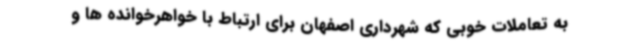
به تعاملات خوبی که شهرداری اصفهان برای ارتباط با خواهرخوانده ها و